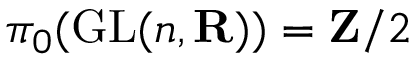
\pi _ { 0 } ( \operatorname { G L } ( n , \mathbf { R } ) ) = \mathbf { Z } / 2